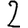
Digit: 2